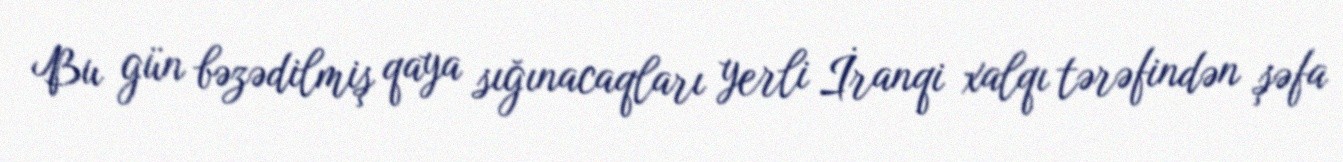
Bu gün bəzədilmiş qaya sığınacaqları yerli İranqi xalqı tərəfindən şəfa